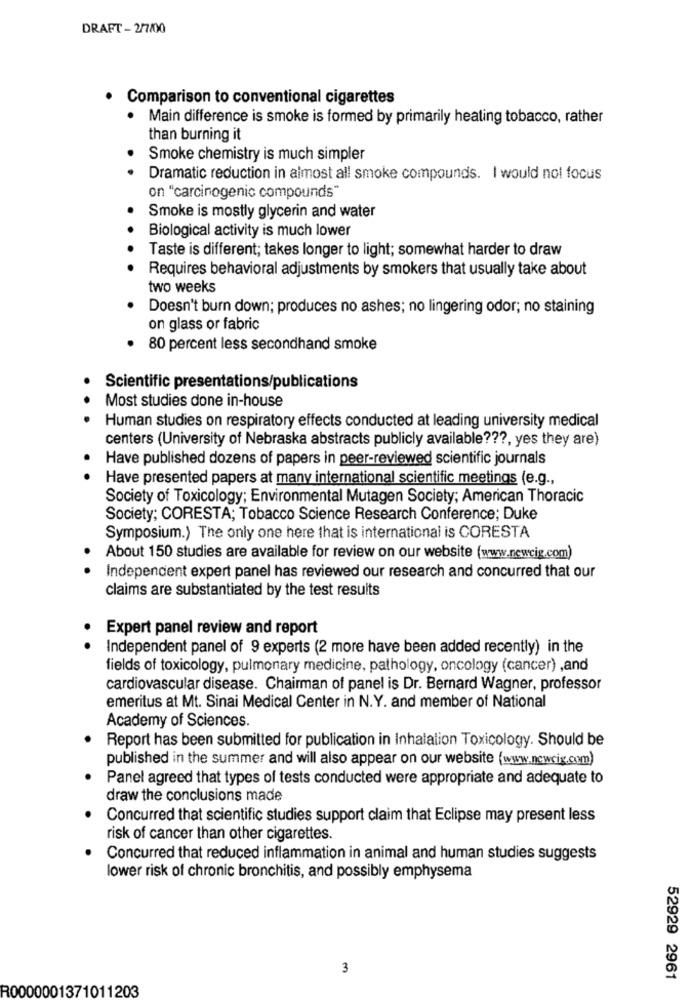
DRAFT - 2/7/00
Comparison to conventional cigarettes
Main difference is smoke is formed by primarily heating tobacco, rather
than burning it
Smoke chemistry is much simpler
Dramatic reduction in almost all smoke compounds. I would nol focus
on "carcinogenic compounds"
Smoke is mostly glycerin and water
Biological activity is much lower
Taste is different; takes longer to light; somewhat harder to draw
Requires behavioral adjustments by smokers that usually take about
two weeks
Doesn't burn down; produces no ashes; no lingering odor; no staining
on glass or fabric
· 80 percent less secondhand smoke
Scientific presentations/publications
Most studies done in-house
Human studies on respiratory effects conducted at leading university medical
centers (University of Nebraska abstracts publicly available ???, yes they are)
Have published dozens of papers in peer-reviewed scientific journals
Have presented papers at many international scientific meetings (e.g .,
Society of Toxicology; Environmental Mutagen Society; American Thoracic
Society; CORESTA; Tobacco Science Research Conference; Duke
Symposium.) The only one here that is international is CORESTA
About 150 studies are available for review on our website (www.newcig.com)
Independent expert panel has reviewed our research and concurred that our
claims are substantiated by the test results
Expert panel review and report
Independent panel of 9 experts (2 more have been added recently) in the
fields of toxicology, pulmonary medicine, pathology, oncology (cancer) ,and
cardiovascular disease. Chairman of panel is Dr. Bernard Wagner, professor
emeritus at Mt. Sinai Medical Center in N.Y. and member of National
Academy of Sciences.
Report has been submitted for publication in Inhalation Toxicology. Should be
published in the summer and will also appear on our website (www.ncwcig.com)
Panel agreed that types of tests conducted were appropriate and adequate to
draw the conclusions made
Concurred that scientific studies support claim that Eclipse may present less
risk of cancer than other cigarettes.
Concurred that reduced inflammation in animal and human studies suggests
lower risk of chronic bronchitis, and possibly emphysema
3
52929 2961
R0000001371011203